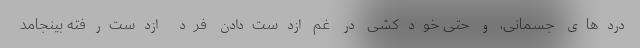
دردهای جسمانی، و حتی خودکشی در غمِ ازدست‌دادنِ فرد ازدست‌رفته بینجامد